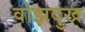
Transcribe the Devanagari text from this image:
वोझदुख